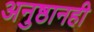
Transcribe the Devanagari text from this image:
अनुष्ठानही